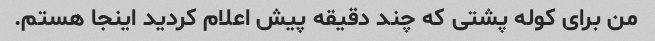
من برای کوله پشتی که چند دقیقه پیش اعلام کردید اینجا هستم.